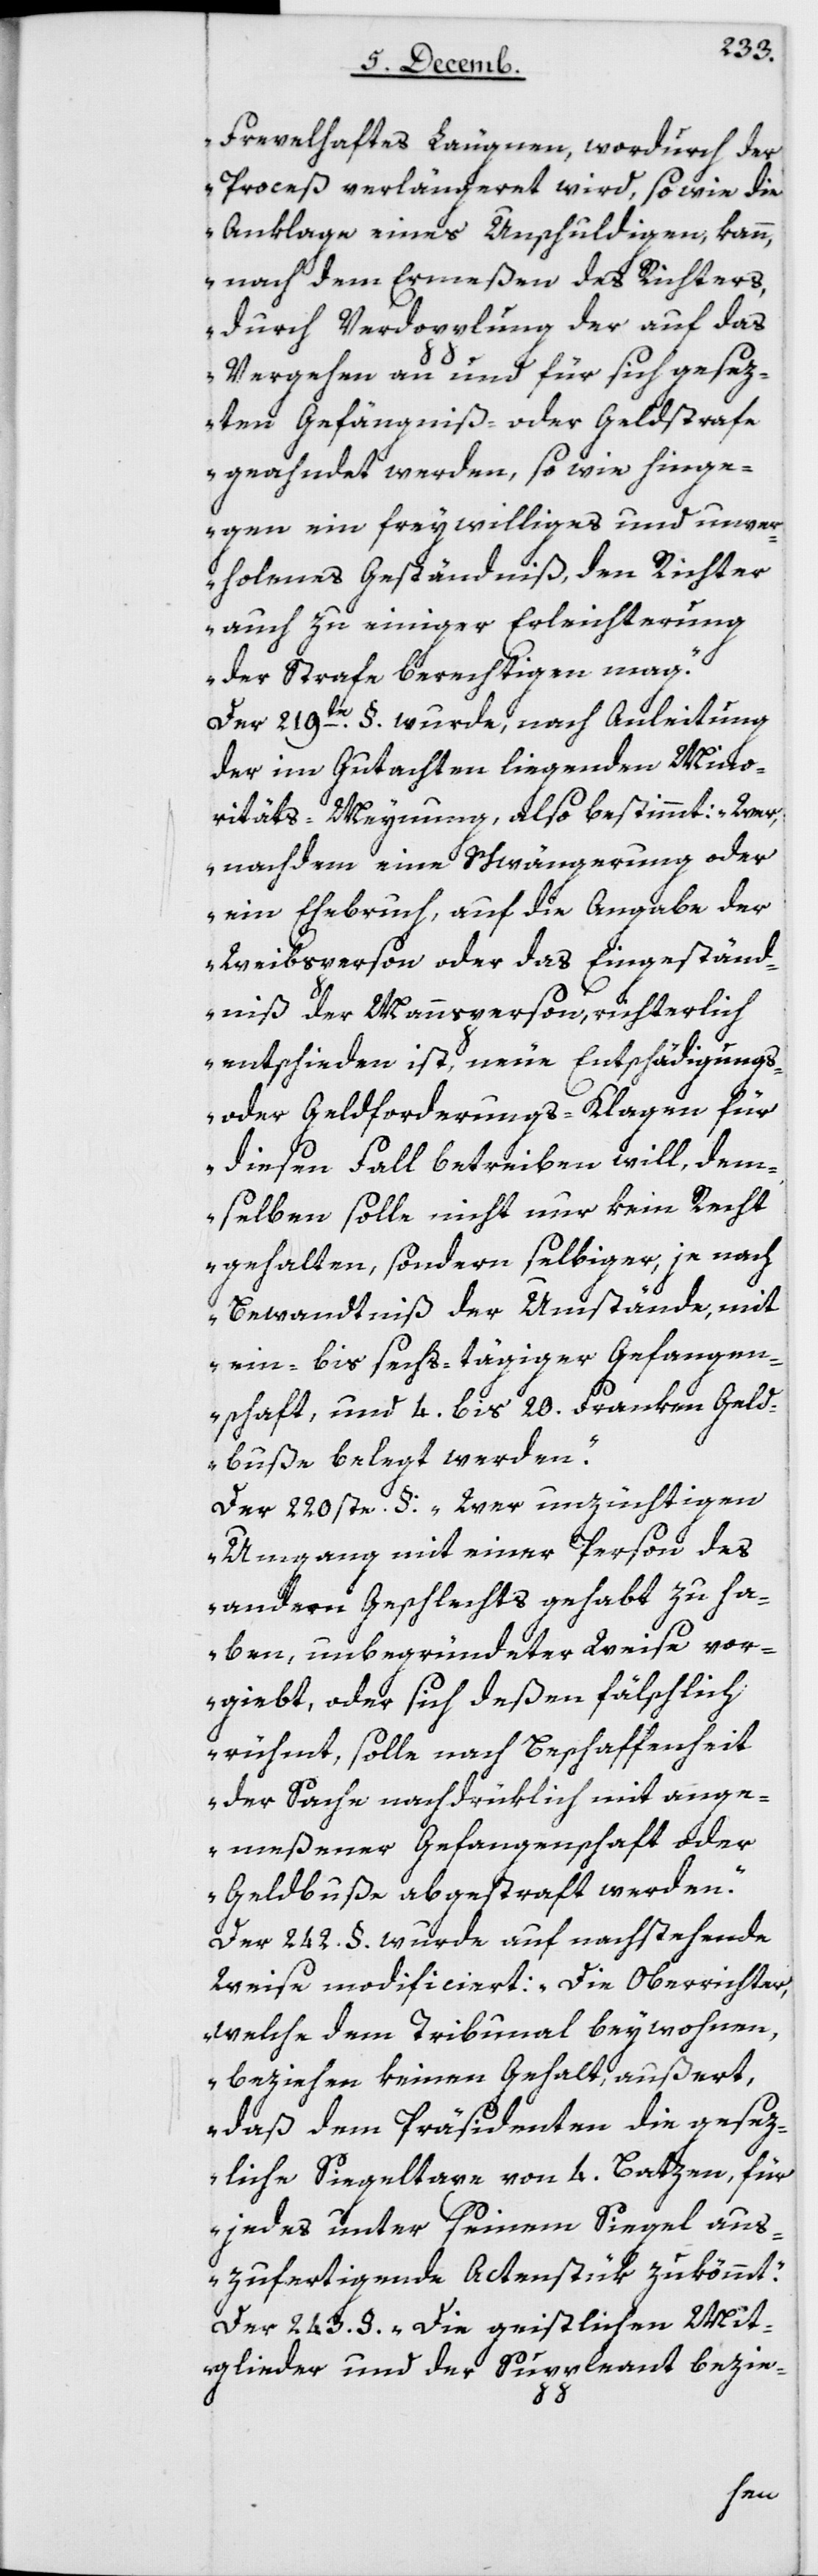
„Frevelhaftes Leugnen, wordurch der
Proceß verlängeret wird, sowie die
Anklage eines Unschuldigen, kann
nach dem Ermeßen des Richters,
durch Verdopplung der auf das
Vergehen an und für sich gesez¬
ten Gefängniß- oder Geldstrafe
geahndet werden, so wie hinge¬
gen ein freywilliges und unver¬
holenes Geständniß den Richter
auch zu einiger Erleichterung
der Strafe berechtigen mag.“
Der 219te § wurde, nach Anleitung
der im Gutachten liegenden Mino¬
ritäts-Meynung, also bestimmt: „Wer,
nachdem eine Schwängerung oder
ein Ehebruch auf die Angabe der
Weibsperson oder das Eingeständ¬
niß der Mannsperson, richterlich
entschieden ist, neue Entschädigungs-
oder Geldforderungs-Klagen für
diesen Fall betreiben will, dem¬
selben solle nicht nur kein Recht
gehalten, sondern selbiger, je nach
Bewandtniß der Umstände, mit
ein- bis sechstägiger Gefangen¬
schaft und 4 bis 20 Franken Geld¬
buße belegt werden.“
Der 220ste §: „Wer unzüchtigen
Umgang mit einer Person des
andern Geschlechts gehabt zu ha¬
ben, unbegründeter Weise vor¬
giebt, oder sich deßen fälschlich
rühmt, solle nach Beschaffenheit
der Sache nachdrüklich mit ange¬
meßener Gefangenschaft oder
Geldbuße abgestraft werden.“
Der 242 § wurde auf nachstehende
Weise modificiert: „Die Oberrichter,
welche dem Tribunal beywohnen,
beziehen keinen Gehalt, außert
daß dem Präsidenten die gesetz¬
liche Siegeltaxe von 4 Batzen, für
jedes unter seinem Siegel aus¬
zufertigende Actenstük zukömmt.“
Der 243 §. „Die geistlichen Mit¬
glieder und der Suppleant bezie-